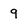
Character: 9